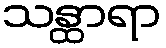
သန္ထာရာ